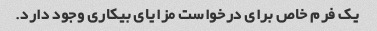
یک فرم خاص برای درخواست مزایای بیکاری وجود دارد.